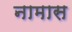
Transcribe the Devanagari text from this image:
नामास